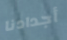
أجدادنا